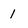
Character: 1